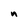
Character: n